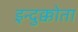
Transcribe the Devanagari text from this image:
इन्दुक्कोता